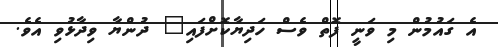
އެ ގައުމުން މި ވަނީ ފޮތް ވެސް ހަދިޔާކޮށްފައި" ދުންޔާ ވިދާޅުވި އެވެ.